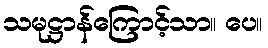
သမုဋ္ဌာန်ကြောင့်သာ။ ပေ။